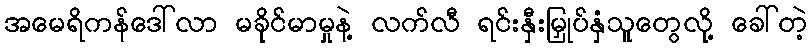
အမေရိကန်ဒေါ်လာ မခိုင်မာမှုနဲ့ လက်လီ ရင်းနှီးမြှုပ်နှံသူတွေလို့ ခေါ်တဲ့